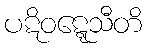
ပဋိဝဋ္ဋေသီတိ